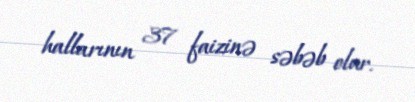
hallarının 37 faizinə səbəb olur.